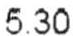
5.30